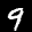
Label: 9